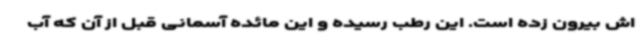
اش بیرون زده است. این رطب رسیده و این مائده آسمانی قبل از آن که آب